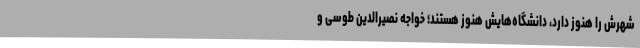
شهرش را هنوز دارد، دانشگاه‌هایش هنوز هستند؛ خواجه نصیرالدین طوسی و